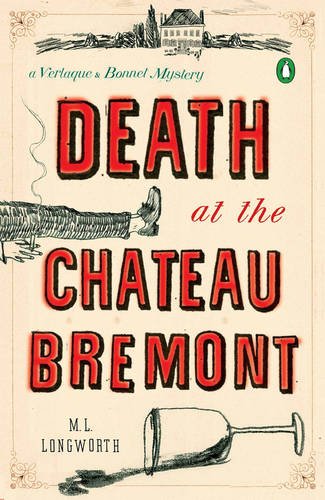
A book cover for Death at the Chateau Bremont: A Verlaque and Bonnet Mystery (Verlaque and Bonnet Mysteries); M. L. Longworth; Mystery, Thriller & Suspense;